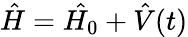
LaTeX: \hat{H}=\hat{H_{0}}+\hat{V}(t)